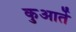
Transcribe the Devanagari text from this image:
कुआर्ते